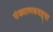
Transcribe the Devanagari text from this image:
संख्यात्मकदृष्ट्या